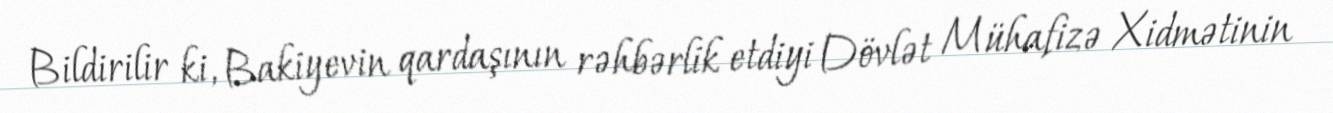
Bildirilir ki, Bakiyevin qardaşının rəhbərlik etdiyi Dövlət Mühafizə Xidmətinin